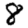
Digit: 8